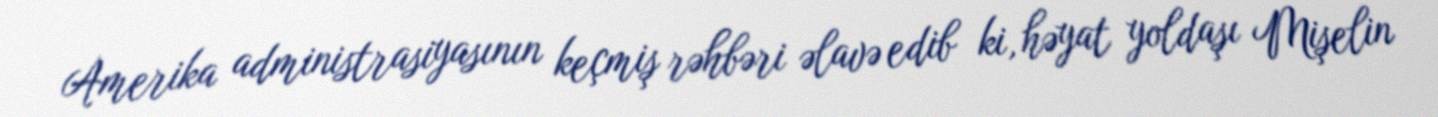
Amerika administrasiyasının keçmiş rəhbəri əlavə edib ki, həyat yoldaşı Mişelin